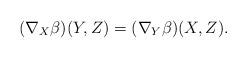
LaTeX: \begin{align*} (\nabla_X\beta)(Y,Z)=(\nabla_Y\beta)(X,Z).\end{align*}